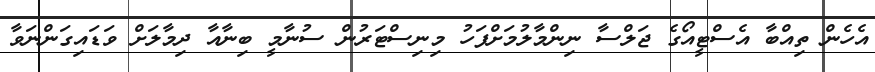
އެހެން ތިއްބާ އެސްޓީއޯގެ ޖަލްސާ ނިންމާލުމަށްފަހު މިނިސްޓަރުން ސުނާމީ ބިނާއާ ދިމާލަށް ވަޑައިގަންނަވާ